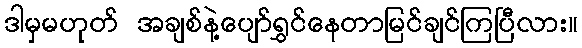
ဒါမှမဟုတ် အချစ်နဲ့ပျော်ရွှင်နေတာမြင်ချင်ကြပြီလား။